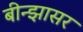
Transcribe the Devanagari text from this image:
बीन्झासर